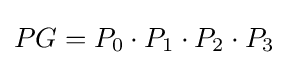
PG=P_{0}\cdot P_{1}\cdot P_{2}\cdot P_{3}